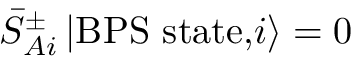
{ \bar { S } } _ { A i } ^ { \pm } \, \vert \mathrm { B P S ~ s t a t e , } i \rangle = 0